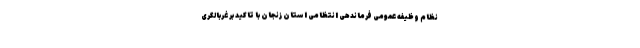
نظام وظیفه عمومی فرماندهی انتظامی استان زنجان با تاکید بر غربالگری